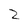
Character: 2